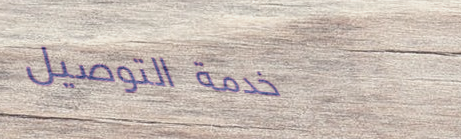
خدمة التوصيل